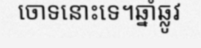
ចោទនោះទេ។ឆ្នាំឆ្លូវ